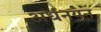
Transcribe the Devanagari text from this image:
अर्धनयन